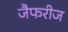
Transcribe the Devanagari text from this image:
जैफरीज